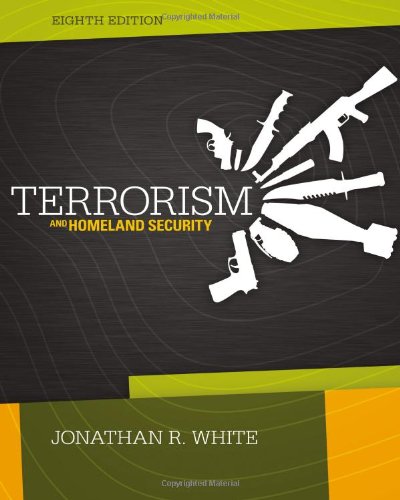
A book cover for Terrorism and Homeland Security; Jonathan R. White; Education & Teaching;